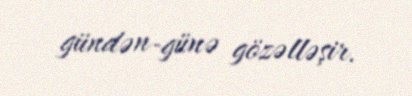
gündən-günə gözəlləşir.